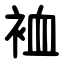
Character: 裇